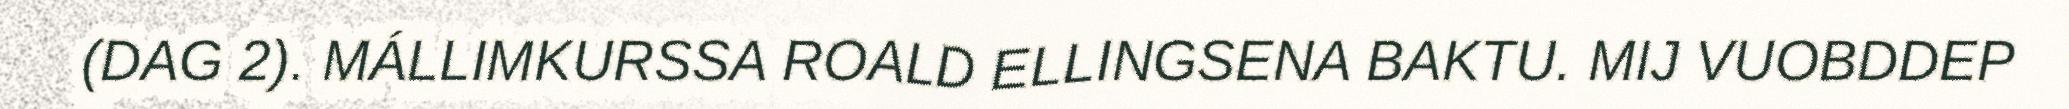
(DAG 2). MÁLLIMKURSSA ROALD ELLINGSENA BAKTU. MIJ VUOBDDEP